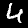
Digit: 4